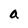
Character: a